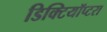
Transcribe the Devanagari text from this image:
डिक्टियॉप्टरा